Medical and sanitary report of the native army of Madras for the year
Year: 1872
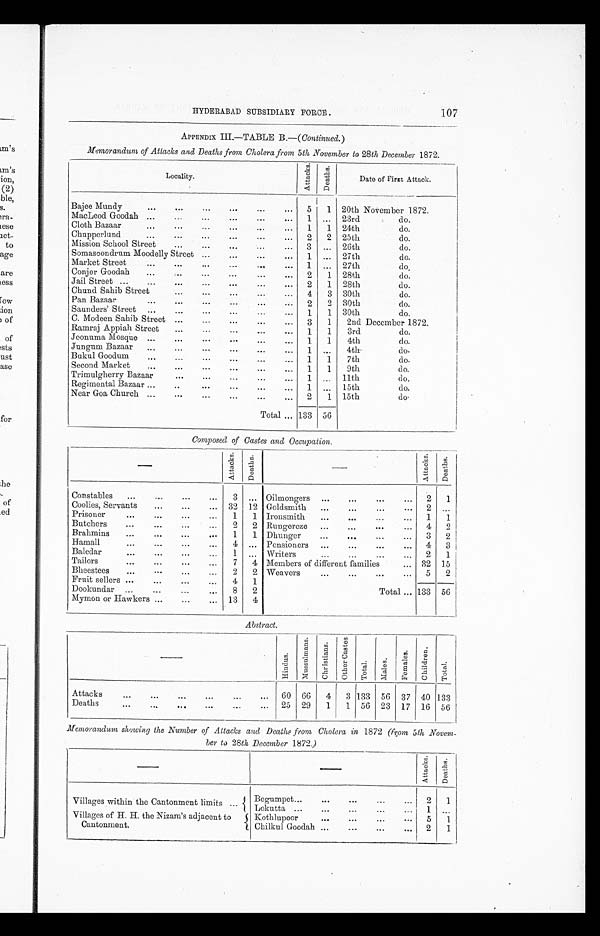
107
APPENDIX III.—TABLE B.— (Continued.)
Memorandum of Attacks and Deaths from Cholera from 5th November to 28th December 1872.
Locality.
A t t a c k s .
D e a t h s .
Date of First Attack.
Bajee Mundy
5
1 20th November 1872.
MacLeod Goodah
1
. . . 23rd
do.
Cloth Bazaar
1
1 24th
do.
Chupperlund
2
2 25th
do.
Mission School Street
3
... 26th
do.
Somasoondrum Moodelly Street
1
. . . 27th
do.
Market Street
1
. . . 27th
d o .
Conjer Goodah
2
1 28th
do.
Jail Street
2
1 28th
do.
. . .
Chund Sahib Street
4
3 30th
do.
P a n B a z a a r
2
2 30th
do.
Saunders' Street
1
1 30th
do.
C. Modeen Sahib Street
3
1
2nd December 1872.
.
...
...
..,.
Ramraj Appiah Street
1
1
3rd
do.
Joonuma Mosque
1
1
4th
do.
Jungum Bazaar
1
. . . 4th
do.
Bukul Goodum
1
1
7th
do.
.
Second Market
1
1
9th
do.
Trimulgherry Bazaar
1
. . .
11th
do.
Regimental Bazaar
1
. . . 15th
do.
Near Goa Church
2
1 15th
d o .
Total
133 56
Composed of Castes and Occupation.
—
A t t a c k s .
D e a t h s .
—
Attacks.
Se a t h s .
Constables
3
. . . Oilmongers
2
1
Coolies, Servants
32 12 Goldsmith
2
. . .
Prisoner
1
1 Ironsmith
.
1
1
Butchers
2
2 Rungereze
4
2
Brahmins
1
1 Dhunger
3
2
Hamall
4
. . . Pensioners
4
3
Baleclar
1
. . . Writers
2
1
Tailors
7
4 Members of different families
32 15
Bheestees
2
2 Weavers
5
2
Fruit sellers
4
1
Total
133 56
Dookundar
8
2
Mymon or Hawkers
13
4
Abstract.
—
H i n d u s .
M u s s n l m a n s .
C h r i s t i a n .
O t h e r c a s t e s .
T o t a l .
M a l e .
F e m a l e .
C h i l d r e n .
Total .
Attacks
60 66
4
3 133 56 37 40 133
Deaths
25 29
1
1 56 23 17 16 56
Memorandum showing the Number of Attacks and Deaths from Cholera in 1872 (from 5th Novem
-
h p r
28 th. December 1892. )
—
—
A t t a c k s .
D e a t h s .
Villages within the Cantonment limits
Begumpet
2
1
Lokutta
1
. . .
Villages of H. H. the Nizam's adjacent to
Cantonment.
Kothlupoor
5
1
Chilkul Goodah
2
1